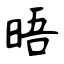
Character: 晤